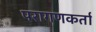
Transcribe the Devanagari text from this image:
परागणकर्ता